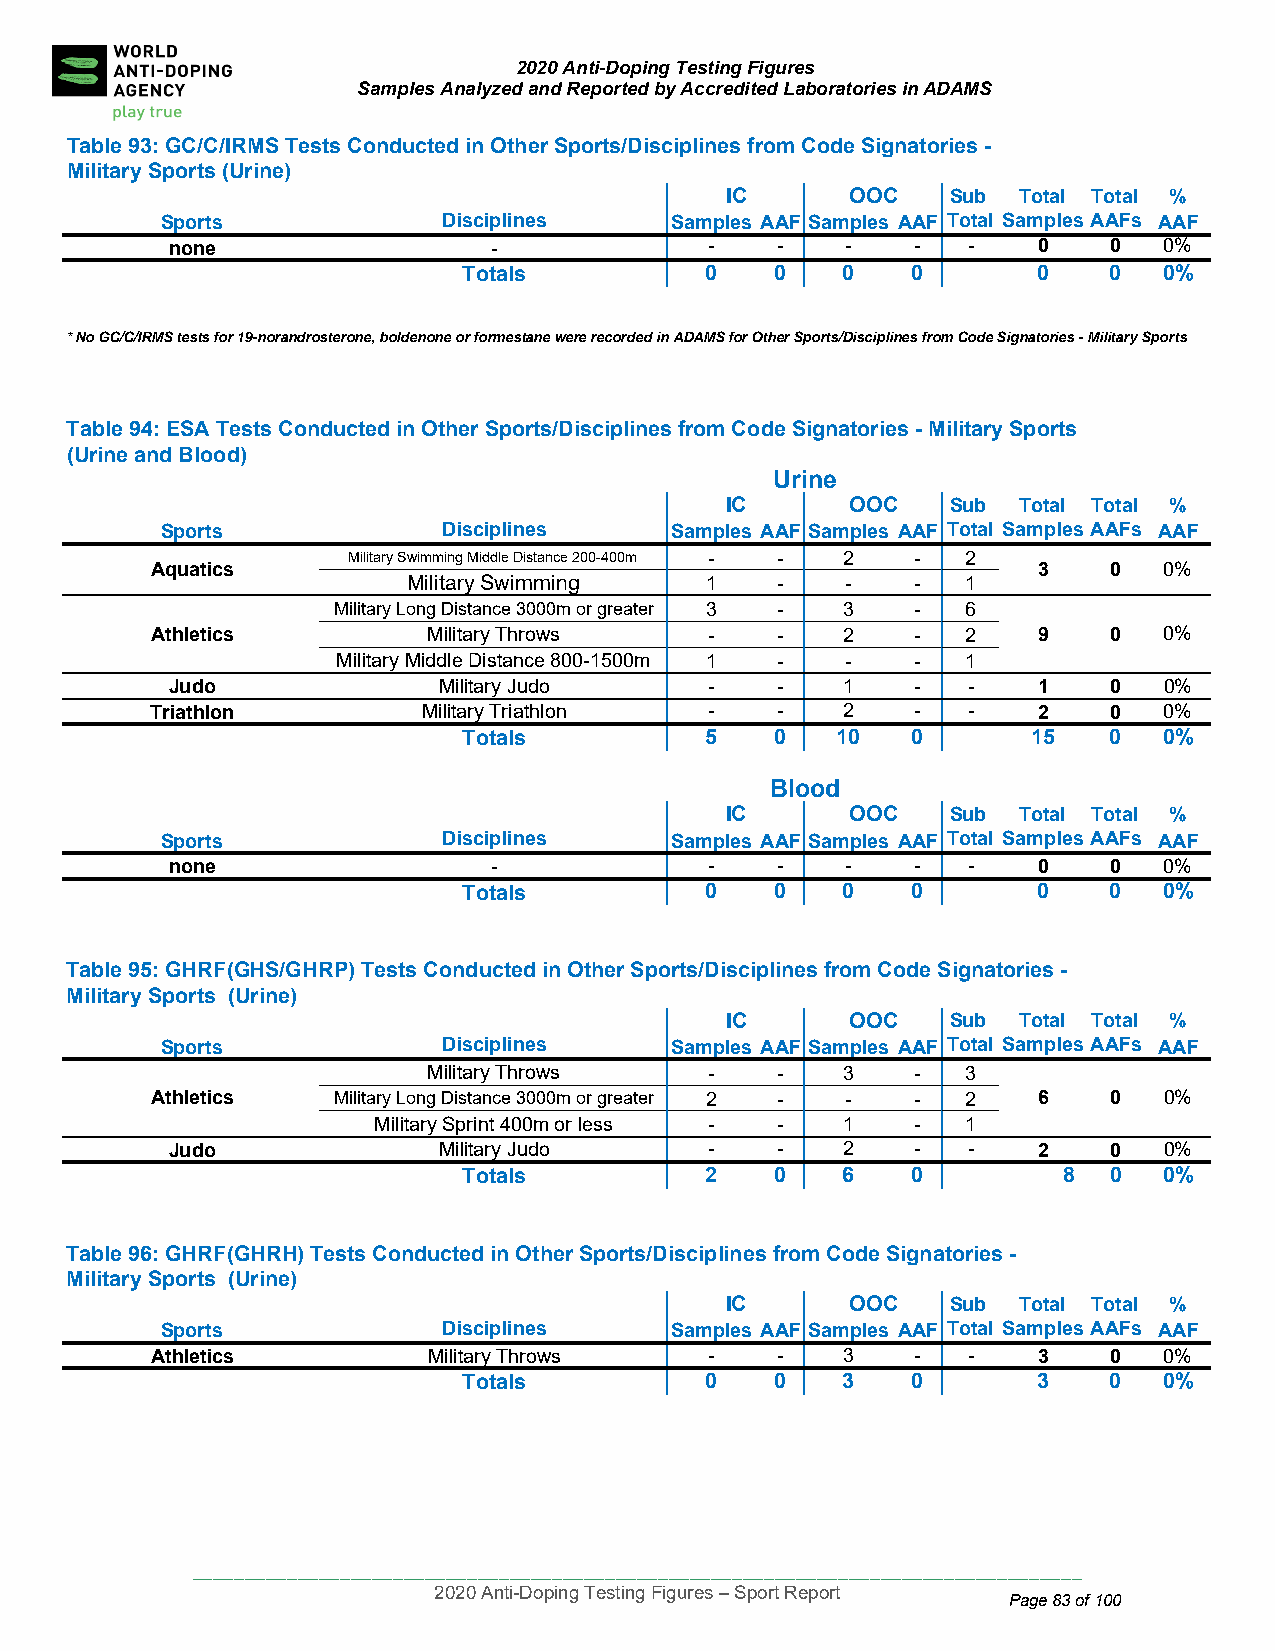
2020 Anti-Doping Testing Figures
 Samples Analyzed and Reported by Accredited Laboratories in ADAMS
 Table 93: GC /C/IRMS Tests Conducted in Other Sports/Disciplines from Code Signatories -
 Military Spo rts (Urine)
 IC      OOC    Sub  Total Total %
 Sports            Disciplines    Samples AAF Samples AAF Total Samples AAFs AAF
 none                  -             -   -    -    -  -    0   0   0%
 Totals          0   0    0   0        0   0   0%
 * No GC/C/IRMS te sts for 19-norandrosterone, boldenone or formestane were recorded in ADAMS for Other Sports/Disciplines from Code Signatories - Military Sports
 Table 94: ES A Tests Conducted in Other Sports/Disciplines from Code Signatories - Military Sports
 (Urine and B lood)
 Urine
 IC      OOC    Sub  Total Total %
 Spo rts           Disciplines    Samples AAF Samples AAF Total Samples AAFs AAF
 Aqu atics
 Military Swimming Middle Distance 200-400m - - 2 - 2
 3   0   0%
 Military Swimming   1   -    -    -  1
 Military Long Distance 3000m or greater 3 - 3 - 6
 Athletics         Military Throws    -   -    2    -  2    9   0   0%
 Military Middle Distance 800-1500m 1 - - - 1
 Judo              Military Judo     -   -    1    -  -    1   0   0%
 Triathlon         Military Triathlon -   -    2    -  -    2   0   0%
 Totals          5   0   10   0       15   0   0%
 Blood
 IC      OOC    Sub  Total Total %
 Spo rts           Disciplines    Samples AAF Samples AAF Total Samples AAFs AAF
 no ne                -              -   -    -    -  -    0   0   0%
 Totals          0   0    0   0        0   0   0%
 Table 95: GHRF(GHS/GHRP) Tests Conducted in Other Sports/Disciplines from Code Signatories -
 Military Sports (Urine)
 IC      OOC    Sub  Total Total %
 Sports            Disciplines    Samples AAF Samples AAF Total Samples AAFs AAF
 Military Throws    -   -    3    -  3
 Athl etics  Military Long Distance 3000m or greater 2 - - - 2 6 0  0%
 Military Sprint 400m or less - - 1  -  1
 Ju do             Military Judo     -   -    2    -  -    2   0   0%
 Totals          2   0    6   0         8  0   0%
 Table 96: GHRF(GHRH) Tests Conducted in Other Sports/Disciplines from Code Signatories -
 Military Sports (Urine)
 IC      OOC    Sub  Total Total %
 Sports            Disciplines    Samples AAF Samples AAF Total Samples AAFs AAF
 Athletics         Military Throws    -   -    3    -  -    3   0   0%
 Totals          0   0    3   0        3   0   0%
 ____________________________________________________________________________________
 2020 Anti-Doping Testing Figures – Sport Report
 Page 83 of 100